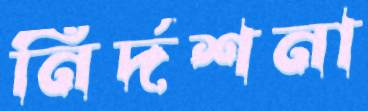
নির্দশনা